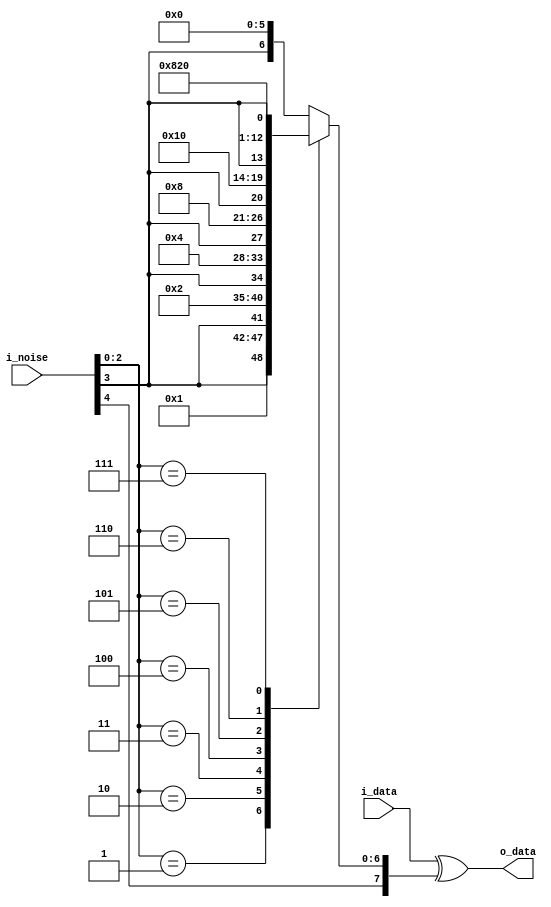
module noise_add (
          input  [7:0] i_data,
 input  [4:0] i_noise,
 output [7:0] o_data );
 
 reg [6:0] noise;
 
 wire[2:0] error_at_bit;
 assign error_at_bit = i_noise[2:0]; //only for debug
 
always @(*) begin
case(i_noise[2:0])
3'd1: noise = {i_noise[3], 6'b00_0001}; //1 bit or 2-bit error_at_bit
3'd2: noise = {i_noise[3], 6'b00_0010};
3'd3: noise = {i_noise[3], 6'b00_0100};
3'd4: noise = {i_noise[3], 6'b00_1000};
3'd5: noise = {i_noise[3], 6'b01_0000};
3'd6: noise = {i_noise[3], 6'b10_0000};
3'd7: noise = {6'b100_000, i_noise[3]};
 default: noise = {i_noise[3], 6'b00_0000}; //no error or 1 bit error
    endcase
end
   assign o_data = i_data ^ {i_noise[4], noise};
 endmodule